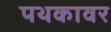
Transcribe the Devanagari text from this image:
पथकावर